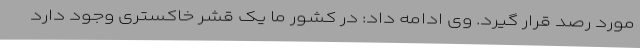
مورد رصد قرار گیرد. وی ادامه داد: در کشور ما یک قشر خاکستری وجود دارد